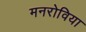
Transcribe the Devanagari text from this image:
मनरोविया